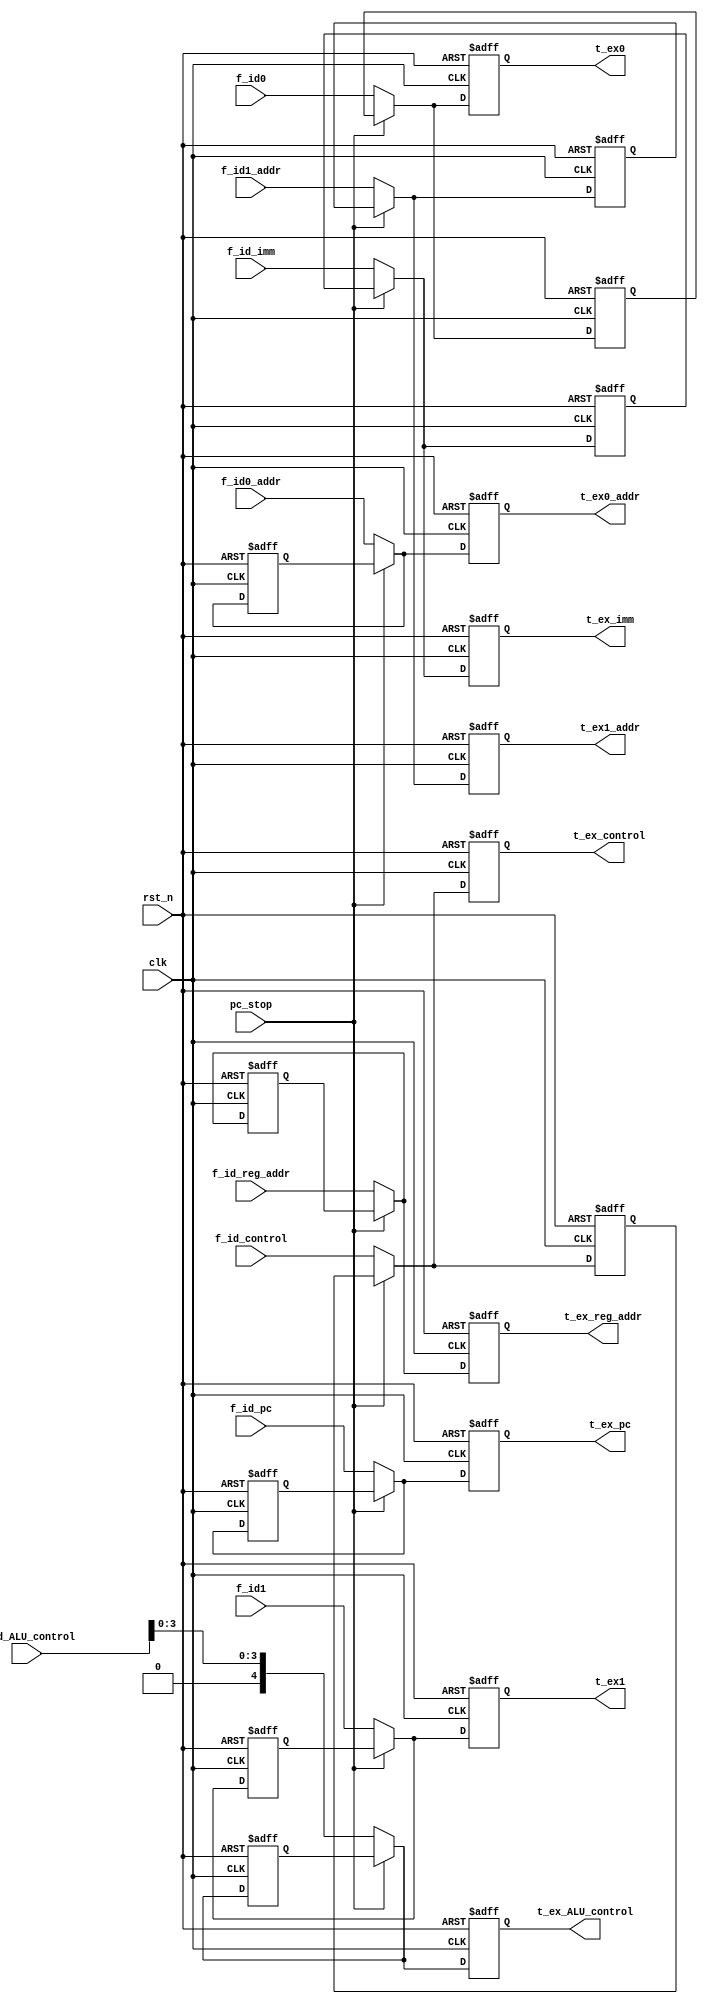
`timescale 1ns / 1ps
//////////////////////////////////////////////////////////////////////////////////
// Company: 
// Engineer: 
// 
// Design Name: 
// Module Name: REG_ID_EX
// Project Name: 
// Target Devices: 
// Tool Versions: 
// Description: 
// 
// Dependencies: 
// 
// Revision:
// Revision 0.01 - File Created
// Additional Comments:
// 
//////////////////////////////////////////////////////////////////////////////////


module REG_ID_EX(
    input clk,
    input rst_n,
    input[31:0] f_id_pc,
    input[31:0] f_id0,
    input[31:0] f_id1,
    input[31:0] f_id_imm,
    input[4:0] f_id_ALU_control,
    input[7:0] f_id_control,
    input[4:0] f_id_reg_addr,
    input[4:0] f_id0_addr,
    input[4:0] f_id1_addr,
    input pc_stop,
   // input pc_continue,
    output reg[4:0] t_ex0_addr,
    output reg[4:0] t_ex1_addr,
    output reg[31:0] t_ex_pc,
    output reg[31:0] t_ex0,
    output reg[31:0] t_ex1,
    output reg[31:0] t_ex_imm,
    output reg[4:0] t_ex_ALU_control,
    output reg[7:0] t_ex_control,
    output reg[4:0] t_ex_reg_addr
    );
reg[4:0] ex0_addr_resver;
reg[4:0] ex1_addr_resver;
reg[31:0] pc_resver;
reg[31:0] ex0_resver;
reg[31:0] ex1_resver;
reg[31:0] imm_resver;
reg[4:0] ALU_control_resver;
reg[7:0] control_resver;
reg[4:0] reg_addr_resver;

always @(posedge clk or negedge rst_n)begin
    if(~rst_n)begin
    ex0_addr_resver <= {5{1'b0}};
    ex1_addr_resver <= {5{1'b0}};
    pc_resver <= {32{1'b0}};
    ex0_resver <= {32{1'b0}};
    ex1_resver <= {32{1'b0}};
    imm_resver <= {32{1'b0}};
    ALU_control_resver <= 5'b00000;
    control_resver <= 8'b00; 
    reg_addr_resver <= 5'b00000;
        t_ex_pc <= {32{1'b0}};
        t_ex0 <= {32{1'b0}};
        t_ex1 <= {32{1'b0}};
        t_ex_imm <= {32{1'b0}};
        t_ex_ALU_control <= {5{1'b0}};
        t_ex_control <= {8{1'b0}};
        t_ex_reg_addr <= {5{1'b0}};
        t_ex0_addr <= {5{1'b0}};
        t_ex1_addr <= {5{1'b0}};
    end
    else begin
        if(pc_stop)begin
                                       t_ex0_addr = ex0_addr_resver[4:0];
                                       t_ex1_addr = ex1_addr_resver[4:0];
                                       t_ex_pc = pc_resver[31:0];
                                       t_ex0 = ex0_resver[31:0];
                                       t_ex1 = ex1_resver[31:0];
                                       t_ex_imm = imm_resver[31:0];
                                       t_ex_ALU_control = ALU_control_resver[4:0];
                                       t_ex_control = control_resver[7:0];
                                       t_ex_reg_addr = reg_addr_resver[4:0];
        end
//        else if(pc_continue)begin
//                       t_ex0_addr = ex0_addr_resver[4:0];
//                       t_ex1_addr = ex1_addr_resver[4:0];
//                       t_ex_pc = pc_resver[31:0];
//                       t_ex0 = ex0_resver[31:0];
//                       t_ex1 = ex1_resver[31:0];
//                       t_ex_imm = imm_resver[31:0];
//                       t_ex_ALU_control = ALU_control_resver[3:0];
//                       t_ex_control = control_resver[7:0];
//                       t_ex_reg_addr = reg_addr_resver[4:0];
//        ex0_addr_resver = f_id0_addr[4:0];
//        ex1_addr_resver = f_id1_addr[4:0];
//        pc_resver = f_id_pc[31:0];
//        ex0_resver = f_id0[31:0];
//        ex1_resver = f_id1[31:0];
//        imm_resver = f_id_imm[31:0];
//        ALU_control_resver = f_id_ALU_control[3:0];
//        control_resver = f_id_control[7:0];
//        reg_addr_resver = f_id_reg_addr[4:0];
//        end
        else begin
                ex0_addr_resver = f_id0_addr[4:0];
                ex1_addr_resver = f_id1_addr[4:0];
                pc_resver = f_id_pc[31:0];
                ex0_resver = f_id0[31:0];
                ex1_resver = f_id1[31:0];
                imm_resver = f_id_imm[31:0];
                ALU_control_resver = f_id_ALU_control[3:0];
                control_resver = f_id_control[7:0];
                reg_addr_resver = f_id_reg_addr[4:0];
                               t_ex0_addr = ex0_addr_resver[4:0];
                               t_ex1_addr = ex1_addr_resver[4:0];
                               t_ex_pc = pc_resver[31:0];
                               t_ex0 = ex0_resver[31:0];
                               t_ex1 = ex1_resver[31:0];
                               t_ex_imm = imm_resver[31:0];
                               t_ex_ALU_control = ALU_control_resver[3:0];
                               t_ex_control = control_resver[7:0];
                               t_ex_reg_addr = reg_addr_resver[4:0];
        end
    end
end
endmodule